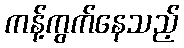
ကန့်ကွက်နေသည့်